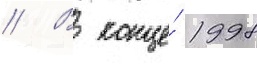
// В конце́ 1998